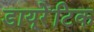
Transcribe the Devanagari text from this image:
डायूरेटिक